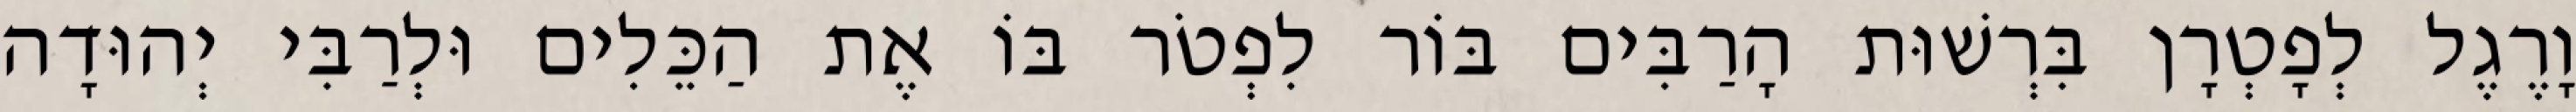
וָרֶגֶל לְפָטְרָן בִּרְשׁוּת הָרַבִּים בּוֹר לִפְטֹר בּוֹ אֶת הַכֵּלִים וּלְרַבִּי יְהוּדָה